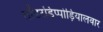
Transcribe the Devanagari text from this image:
तोंडरडिप्पोड़ियालवार